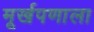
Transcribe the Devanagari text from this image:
मूर्खपणाला